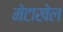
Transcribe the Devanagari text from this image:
मेटाखेल